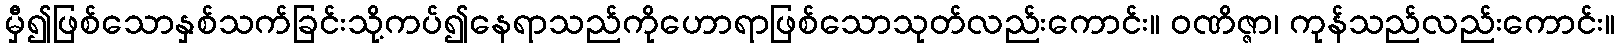
မှီ၍ဖြစ်သောနှစ်သက်ခြင်းသို့ကပ်၍နေရာသည်ကိုဟောရာဖြစ်သောသုတ်လည်းကောင်း။ ဝဏိဇ္ဇာ၊ ကုန်သည်လည်းကောင်း။